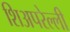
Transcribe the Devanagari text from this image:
शिअपरेल्ली